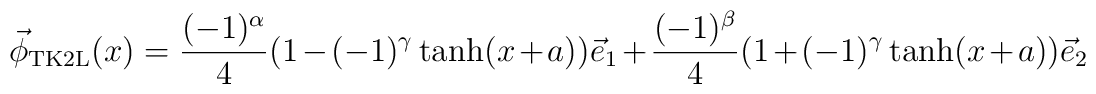
\vec{\phi}_{\rm TK2L}(x)= \frac{(-1)^\alpha}{4}(1-(-1)^\gamma\tanh(x+a))\vec{e}_1+ \frac{(-1)^\beta}{4} (1+(-1)^\gamma\tanh(x+a))\vec{e}_2